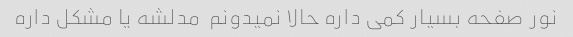
نور صفحه بسیار کمی داره حالا نمیدونم  مدلشه یا مشکل داره